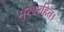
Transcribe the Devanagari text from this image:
मुखरहित।